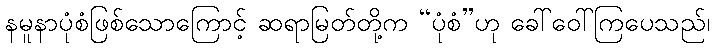
နမူနာပုံစံဖြစ်သောကြောင့် ဆရာမြတ်တို့က “ပုံစံ”ဟု ခေါ်ဝေါ်ကြပေသည်၊